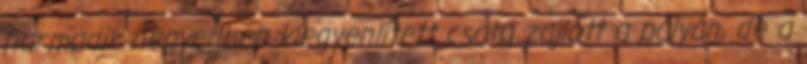
harmadik negyedben kiegyenlített csata zajlott a pályán, de a